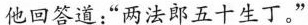
他回答道：”两法郎五十生了。”